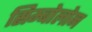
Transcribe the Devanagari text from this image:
सिम्बोलोन